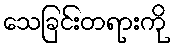
သေခြင်းတရားကို